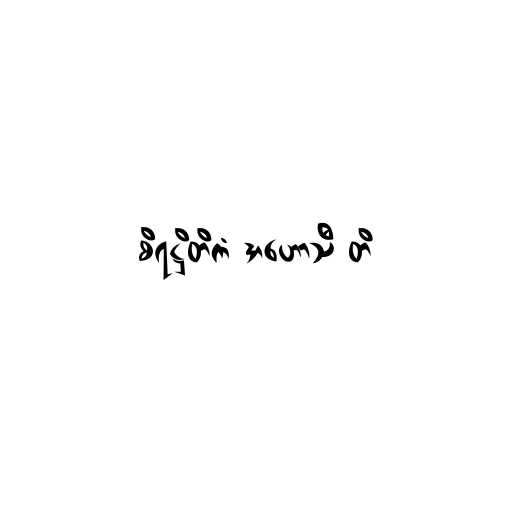
စိရဋ္ဌိတိကံ အဟောသီ တိ